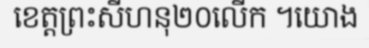
ខេត្តព្រះសីហនុ២០លើក ។យោង